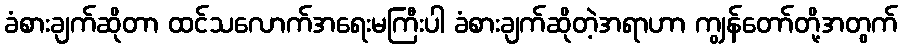
ခံစားချက်ဆိုတာ ထင်သလောက်အရေးမကြီးပါ ခံစားချက်ဆိုတဲ့အရာဟာ ကျွန်တော်တို့အတွက်